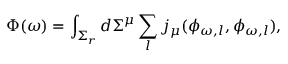
\Phi ( \omega ) = \int _ { \Sigma _ { r } } d \Sigma ^ { \mu } \sum _ { l } j _ { \mu } ( \phi _ { \omega , l } , \phi _ { \omega , l } ) ,